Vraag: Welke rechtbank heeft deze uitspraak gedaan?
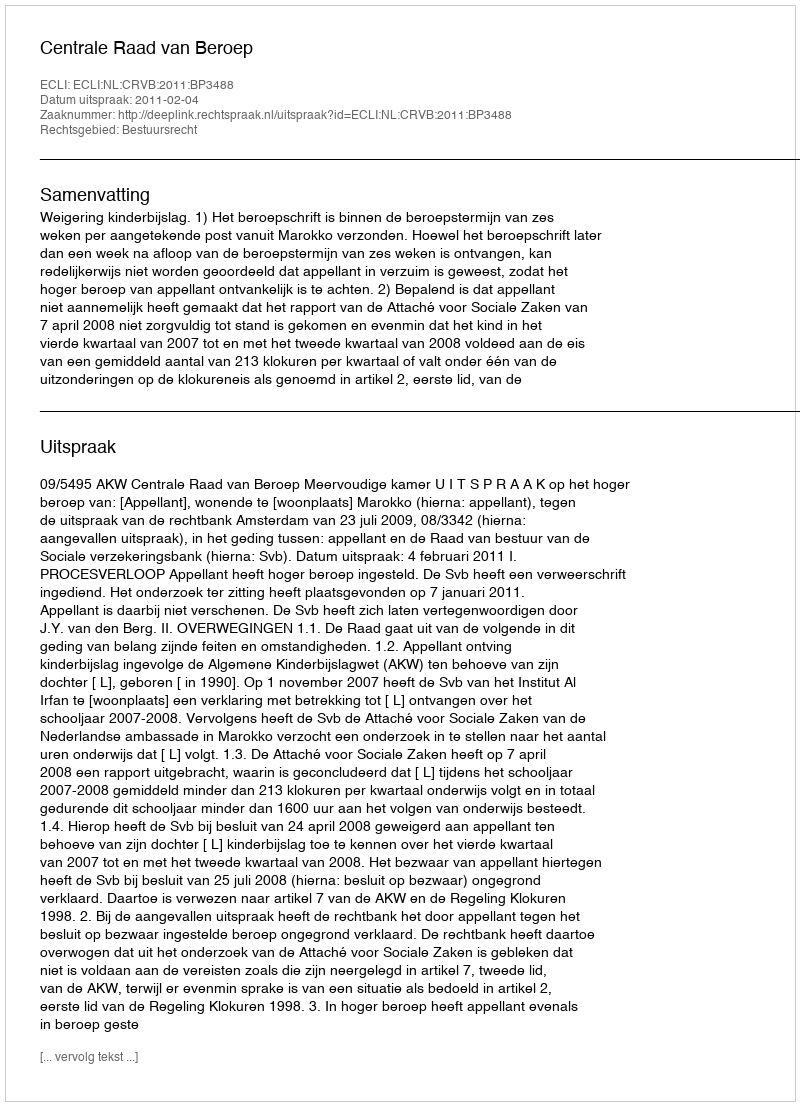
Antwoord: Centrale Raad van Beroep